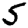
Digit: 5